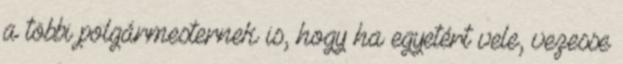
a többi polgármesternek is, hogy ha egyetért vele, vezesse